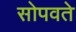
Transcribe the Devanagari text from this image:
सोपवते